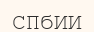
СПбИИ